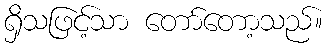
ရှိသဖြင့်သာ တော်တော့သည်။